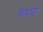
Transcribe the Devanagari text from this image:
विल्लापट्टी